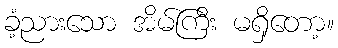
ခံ့ညားသော အိမ်ကြီး မရှိတော့။